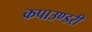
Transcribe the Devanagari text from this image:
कपाउण्डरी